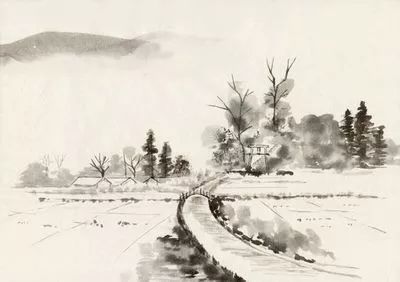
弃捐勿复道，努力加餐饭。